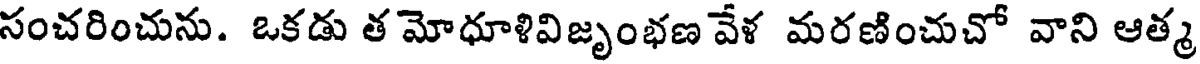
సంచరించును. ఒకడు త మోధూళివిజృంభణ వేళ మరణించుచో వాని ఆత్మ